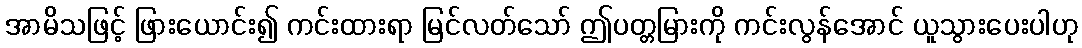
အာမိသဖြင့် ဖြားယောင်း၍ ကင်းထားရာ မြင်လတ်သော် ဤပတ္တမြားကို ကင်းလွန်အောင် ယူသွားပေးပါဟု